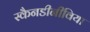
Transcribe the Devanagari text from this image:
स्कैनडीनीविया